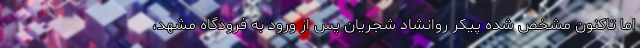
اما تاکنون مشخص شده پیکر روانشاد شجریان پس از ورود به فرودگاه مشهد،